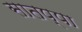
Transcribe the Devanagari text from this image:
सातप्पा